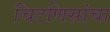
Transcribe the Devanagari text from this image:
चिटणिसांचा